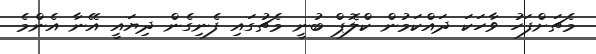
މެޗަށްފަހު ވާހަކަ ދައްކަމުން ކްލޮޕް ބުނީ މެޗުގައި ފެނިގެން ދިޔައީ އޭނާ އެންމެ